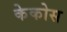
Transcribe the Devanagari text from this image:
केकोस